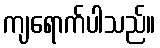
ကျရောက်ပါသည်။